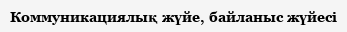
Коммуникациялық жүйе, байланыс жүйесі